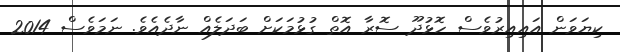
ކިޔަވަން އައިއިރުވެސް ހޮޅުދޫ ސޮރާ އޮތް ގުޅުމަކަށް ބަދަލެއް ނާދެއެވެ. ނަމަވެސް 2014